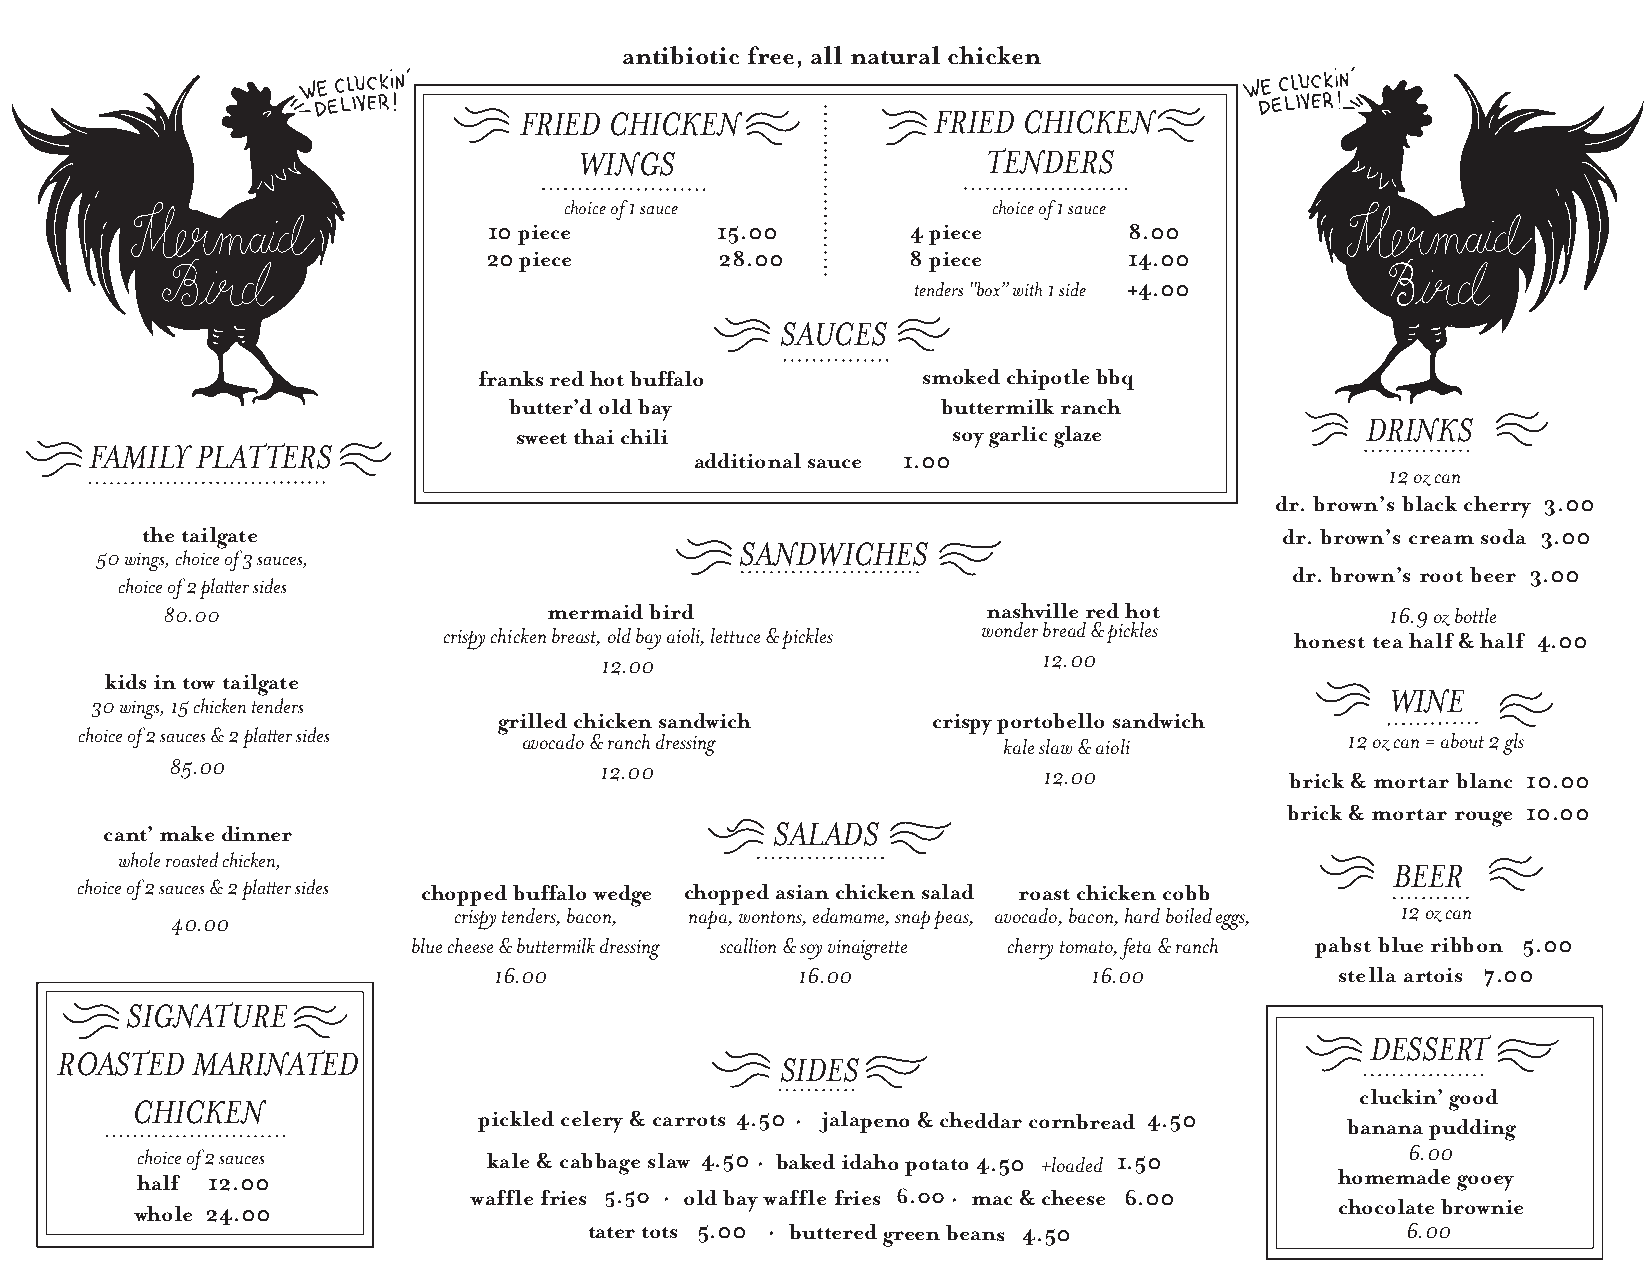
antibiotic free, all natural chicken
 FRIED CHICKEN               FRIED CHICKEN
 WINGS                      TENDERS
 choice of 1 sauce            choice of 1 sauce
 10 piece       15.00        4 piece        8.00
 20 piece        28.00       8 piece        14.00
 tenders “box” with 1 side +4.00
 SAUCES
 fra nks red hot buffalo      smoked chipotle bbq
 butter’d old bay            buttermilk ranch
 DRINKS
 sweet thai chili             soy garlic glaze
 FAMILY PLATTERS
 additional sauce 1.00
 12 oz can
 dr. brown’s black cherry 3.00
 the tailgate                                                                dr. brown’s cream soda 3.00
 SANDWICHES
 50 wings, choice of 3 sauces,
 dr. brown’s root beer 3.00
 choice of 2 platter sides
 80.00                    mermaid bird                 nashville red hot          16.9 oz bottle
 crispy chicken breast, old bay aioli, lettuce & pickles wonder bread & pickles
 honest tea half & half 4.00
 12.00                        12.00
 kids in tow tailgate
 WINE
 30 wings, 15 chicken tenders
 grilled chicken sandwich     crispy portobello sandwich
 c h o i c e of 2 sauces & 2 platter sides avocado & ranch dressing kale slaw & aioli 12 oz can = about 2 gls
 85.00                        12.00                        12.00           brick & mortar blanc 10.00
 brick & mortar rouge 10.00
 cant’ make dinner                           SALADS
 whole roasted chicken,
 BEER
 choice of 2 sauces & 2 platter sides chopped buffalo wedge chopped asian chicken salad roast chicken cobb
 crispy tenders, bacon, napa, wontons, edamame, snap peas, avocado, bacon, hard boiled eggs, 12 oz can
 40.00
 blue cheese & buttermilk dressing scallion & soy vinaigrette cherry tomato, feta & ranch pabst blue ribbon 5.00
 16.00               16.00              16.00            stella artois 7.00
 SIGNATURE
 DESSERT
 ROASTED  MARINATED                              SIDES
 cluckin’ good
 CHICKEN
 pickled celery & carrots 4.50 • jalapeno & cheddar cornbread 4.50 banana pudding
 choice of 2 sauces     ka l e & cabbage slaw 4.50 • baked idaho potat o 4 . 5• 0 +loaded 1.50 6.00
 homemade gooey
 half 12.00
 whole 24.00
 waffle fries 5.50 • old bay waffle fries 6.0 0 • mac & cheese 6.00
 chocolate brownie
 tater tots 5.00 • buttered green beans 4.50           6.00